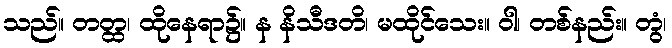
သည်။ တတ္ထ၊ ထိုနေရာ၌။ န နိသီဒတိ၊ မထိုင်သေး။ ဝါ၊ တစ်နည်း။ တွံ၊